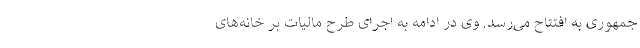
جمهوری به افتتاح می‌رسد. وی در ادامه به اجرای طرح مالیات بر خانه‌های